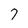
Character: 7